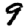
Digit: 9